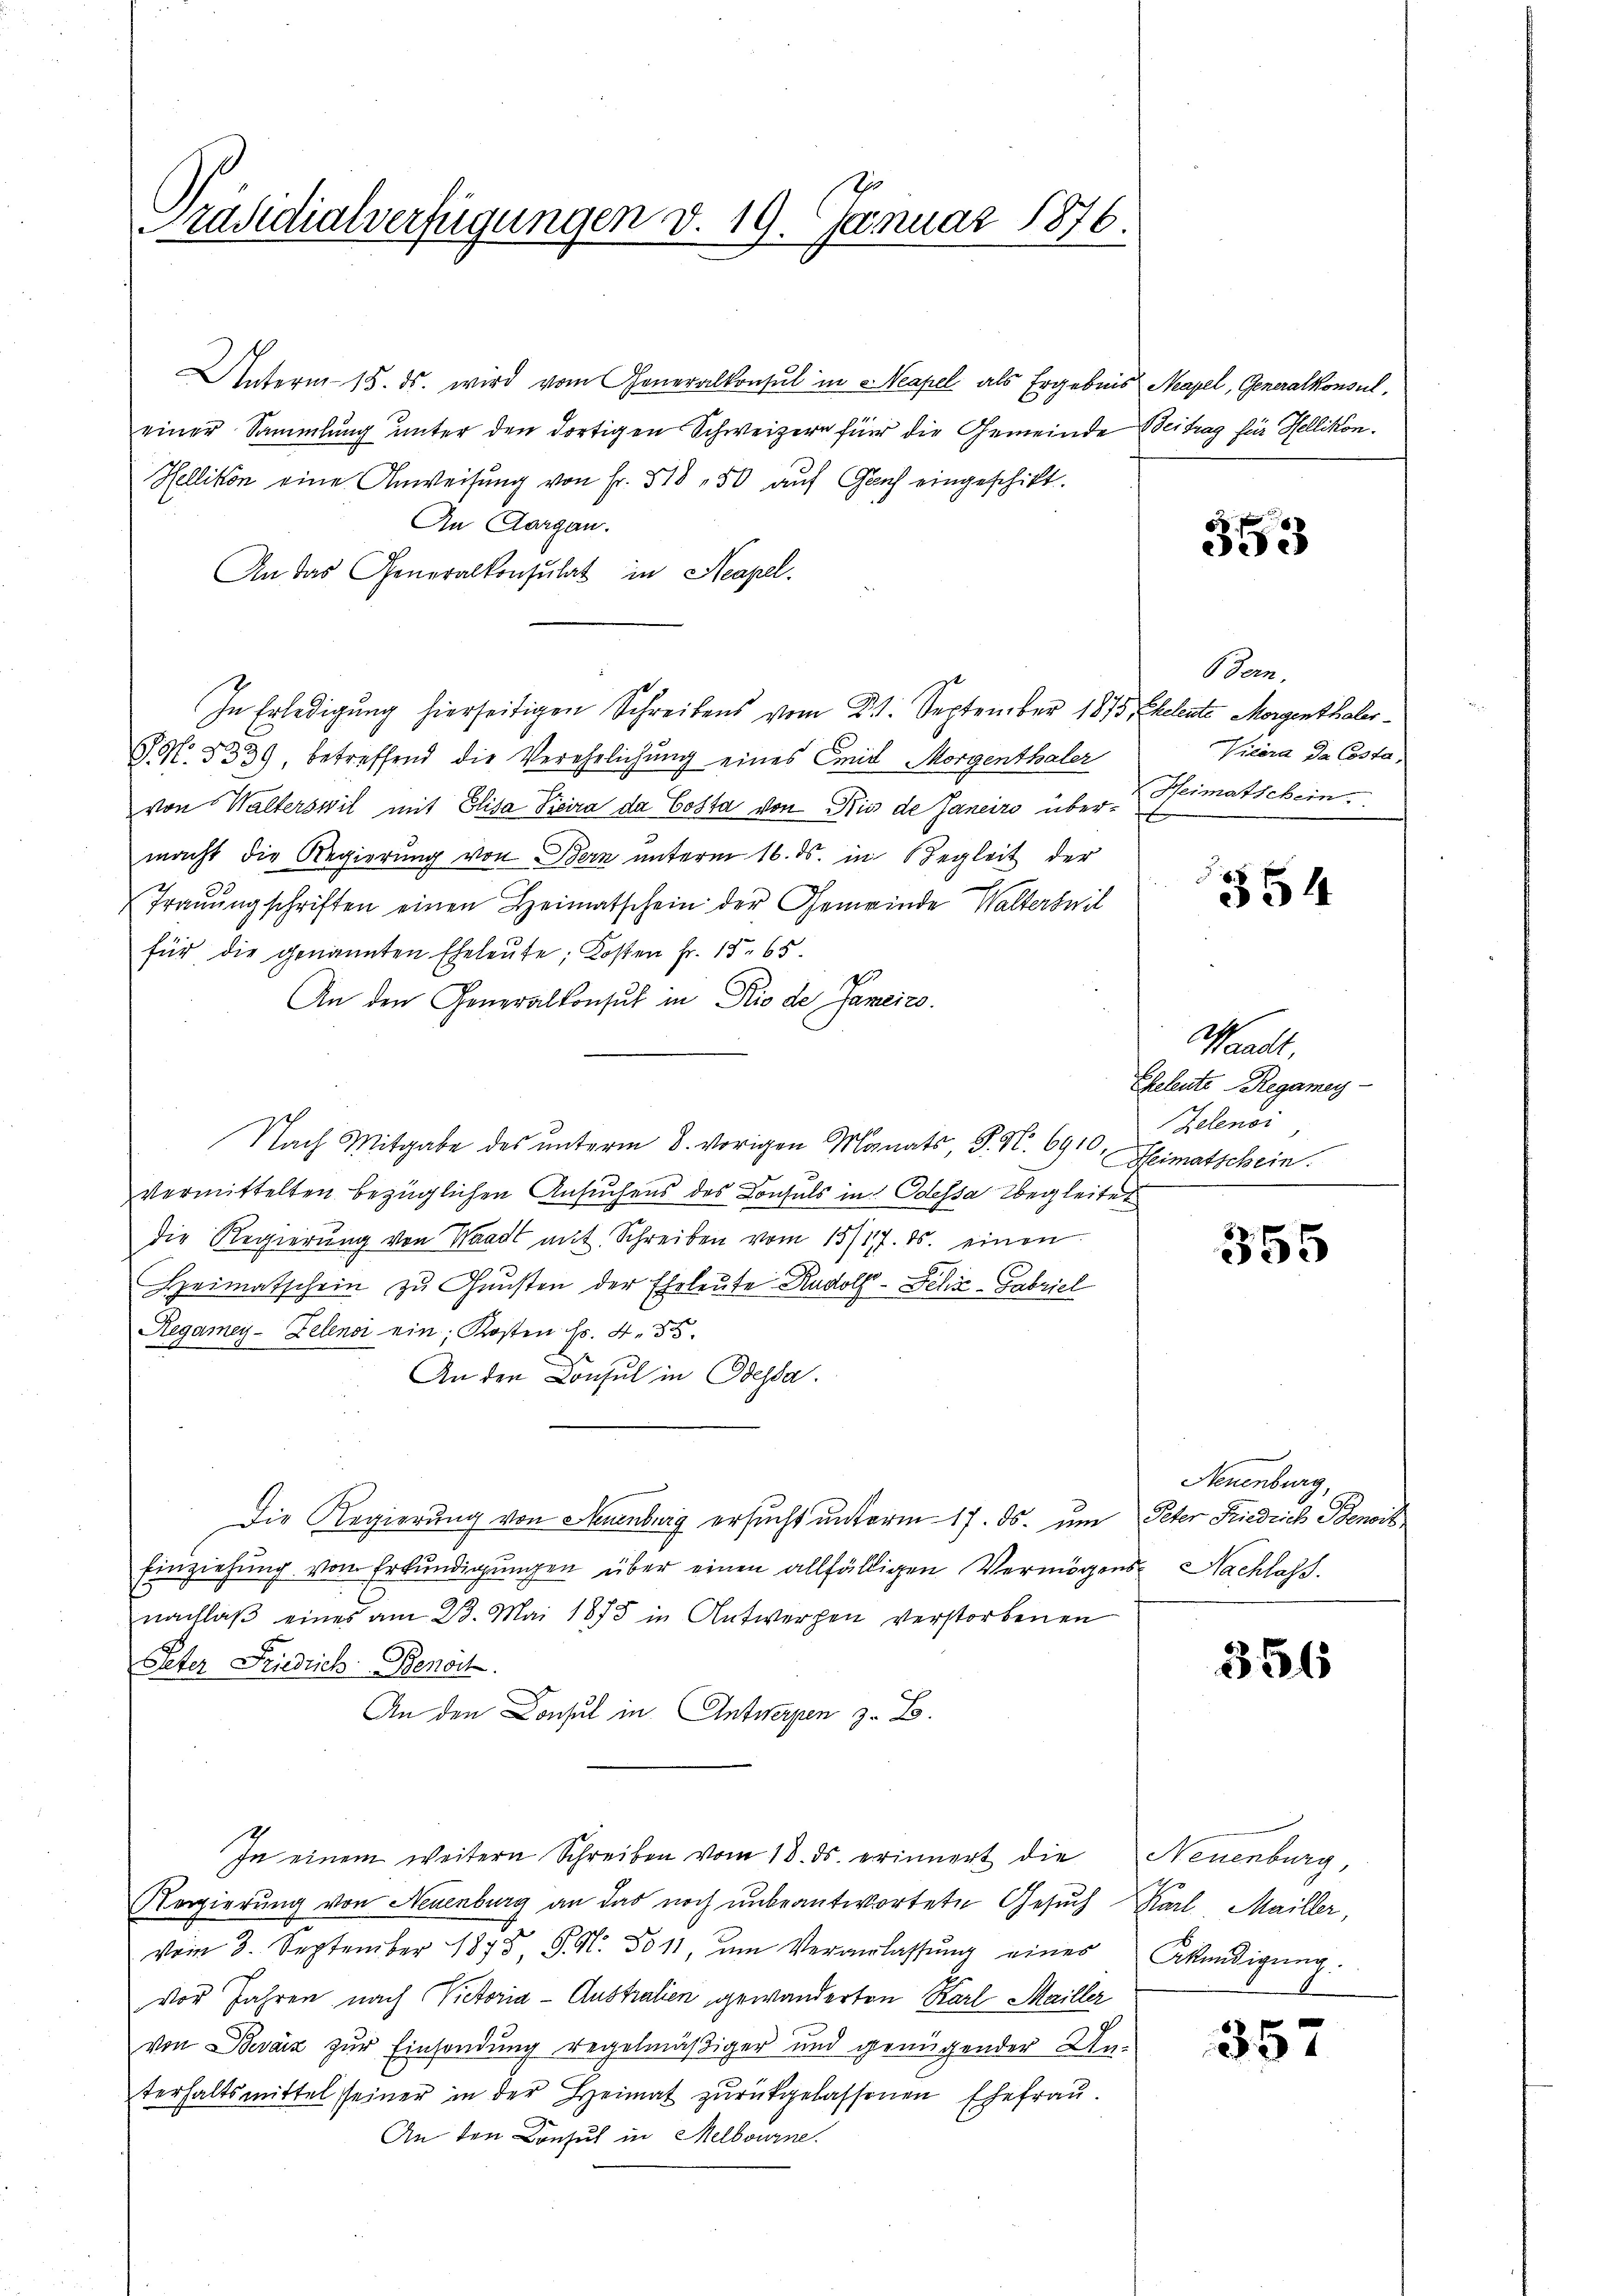
Präsidialverfügungen d. 19. Januar 1876.

Unterm 18. ds. wird vom Generalkonsul in Neapel als Ergebnis Neapel, Generalkonsul
einer Sammlung unter den dortigen Schweizern für die Gemeinde Beitrag für Hellikon.
Hellikon eine Anweisung von Fr. 518 50 auf Gluch eingeschikt.
An Aargau.
An das Generalkonsulat in Neapel-
In Erledigung hierseitigen Schreibens vom 21. September 1875 Eheleute Morgenthaler¬
GR. § 339 betreffend die Verehelichung eines Emil Morgenthaler
von Walterswil mit Elisa Picira da Costa von Kies de Janeiro über Peimatschein
macht die Regierung von Bern unterm 16. ds. in Begleit der
Trauungschriften einen Heimatschein der Gemeinde Walterseit
für die genannten Eheleute; Kosten Fr. 18. 65.
An den Generalkonsul in Prio de Sameizo.
Nach Mitgabe des unterm 8. vorigen Manats, S. S. 6910, Heimatschein.
vermittelten bezüglichen Ansuchens des Consuls in Odessa begleitet
die Regierŭng von Waadt mit Schreiben vom 15/17. ds. einen
Heimatschein zu Gunsten der Eheleute Rudolf Schie-Gabriel
Regamey-Zelendi ein, Kosten Fr. 435.
An den Consul in Dessa.
Die Regierung von Neuenburg ersucht unterm 17. ds. um Peter Friedrich Benois
Einziehŭng vom Erkŭndigŭngen über einen allfälligen Vermögens- Nachlass.
nachlaβ eines am 23. Mai 1878 in Antwerpen verstorbenen
Peter Friedrich. Benoch
An den Consul in Antwerpen z. B.
In einem weitern Schreiben vom 18. ds. erinnert die Neuenburg,
Regierung von Neuenburg an das noch unbeantwortete Gesuch Karl Mailler,
vom 3. September 1873, S. N. 3011, ŭm Veranlassŭng eines
vor Jahren nach Victoria - Australien gewanderten Karl Mailler
von Bevárz zur Einsendung regelmäßiger und genügender Un-
terhaltsmittel seiner in der Heimat zurückgelassenen Ehefrau.
An den Consul in Melbourne.

353

6 Zorn.
Vicera da Costa,

354

Manats
Eheleute Regamey-
Zelenor,

355

Neuenburg,

356

Akündigung.

357